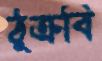
ঠুক্‌রবি